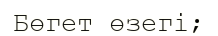
Бөгет өзегі;